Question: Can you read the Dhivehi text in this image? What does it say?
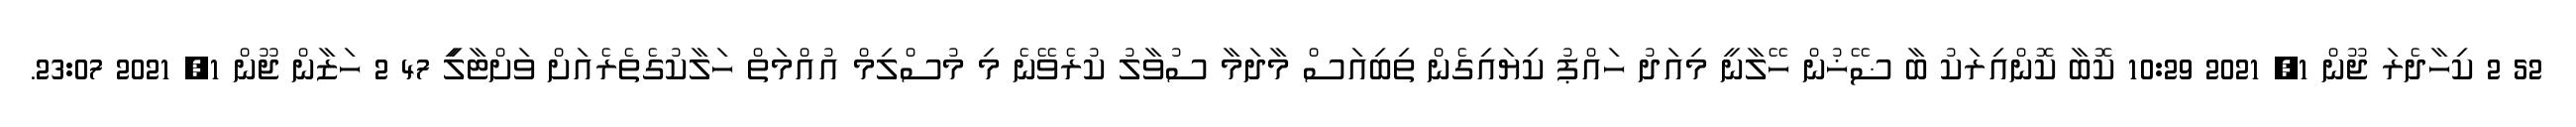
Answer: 52 2 ކިހާދެރަ ޖޫން 1, 2021 10:29 ކޮބާ ކޮންއިރަކު ބާ ޟޭޚުން ހޭލާނީ މިއަދު ހައްޕު ކިޔައިގެން ތިބިއަސް މާދަމާ ސުވާލު ކުރެވޭނެ މި މުސްލިމް އުއްމަތް ހަލާކުގެތެރެއަށް ވަށްޓާލިީ 47 2 ހަޒާން ޖޫން 1, 2021 23:07.